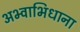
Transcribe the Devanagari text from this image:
अभ्वाभिधाना